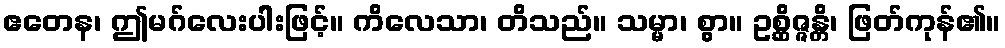
ဧတေန၊ ဤမဂ်လေးပါးဖြင့်။ ကိလေသာ၊ တိသည်။ သမ္မာ၊ စွာ။ ဥစ္ဆိဇ္ဇန္တိ၊ ဖြတ်ကုန်၏။